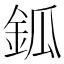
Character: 鈲